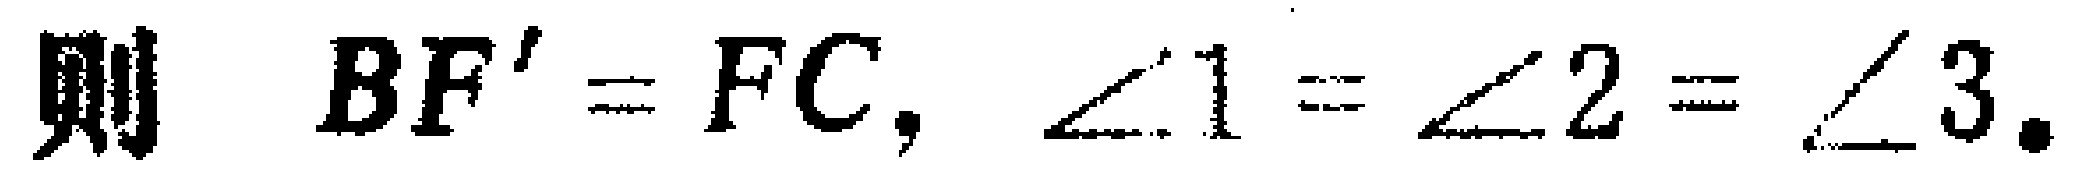
则 \(BF' = FC, \angle 1 = \angle 2 = \angle 3.\)